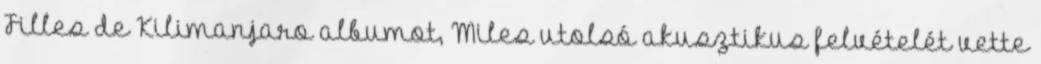
Filles de Kilimanjaro albumot, Miles utolsó akusztikus felvételét vette